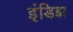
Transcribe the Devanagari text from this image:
इंडिझ